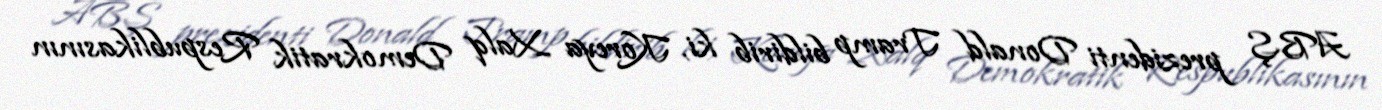
ABŞ prezidenti Donald Tramp bildirib ki, Koreya Xalq Demokratik Respublikasının